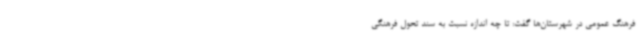
فرهنگ عمومی در شهرستان‌ها گفت: تا چه اندازه نسبت به سند تحول فرهنگی